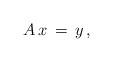
LaTeX: \begin{align*} A\,x\,=\,y\,,\end{align*}